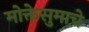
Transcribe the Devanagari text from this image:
मोक्तेसुमाचे